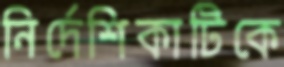
নির্দেশিকাটিকে